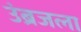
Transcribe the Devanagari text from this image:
उंब्रजला